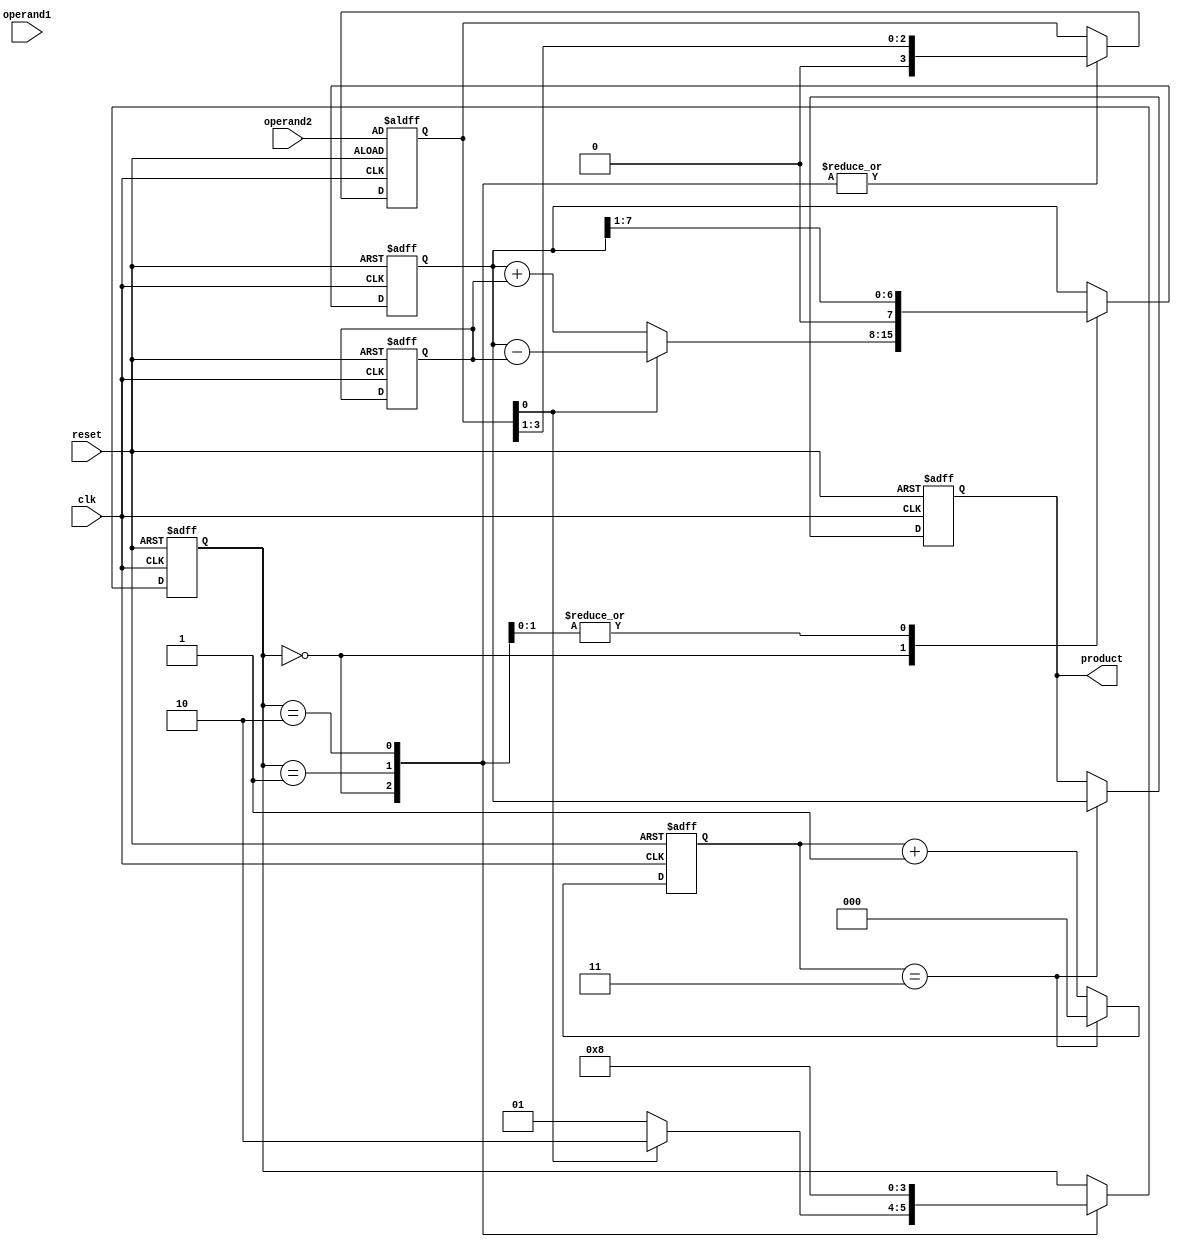
module booth_multiplier(
    input wire clk,
    input wire reset,
    input wire [3:0] operand1,
    input wire [3:0] operand2,
    output reg [7:0] product
);

reg [7:0] A;
reg [7:0] S;
reg [2:0] counter;
reg [3:0] multiplier;
reg [1:0] booth_encoding;

always @(posedge clk or posedge reset) begin
    if (reset) begin
        A <= 8'b0;
        S <= 8'b0;
        counter <= 3'b0;
        multiplier <= operand2;
        booth_encoding <= 2'b00;
        product <= 8'b0;
    end else begin
        case (booth_encoding)
            2'b00: begin
                if (multiplier[0] == 1'b0) begin
                    booth_encoding <= 2'b01;
                    S <= S + A;
                end else begin
                    booth_encoding <= 2'b10;
                    S <= S - A;
                end
                multiplier <= {1'b0, multiplier[3:1]};
            end
            2'b01: begin
                S <= S >> 1;
                multiplier <= {1'b0, multiplier[3:1]};
                booth_encoding <= 2'b10;
            end
            2'b10: begin
                S <= S >> 1;
                multiplier <= {1'b0, multiplier[3:1]};
                booth_encoding <= 2'b00;
            end
        endcase
        counter <= counter + 1;
        if (counter == 3) begin
            product <= S;
            counter <= 3'b0;
        end
    end
end
endmodule